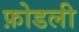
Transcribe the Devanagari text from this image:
फ़ोडली